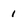
Character: 1